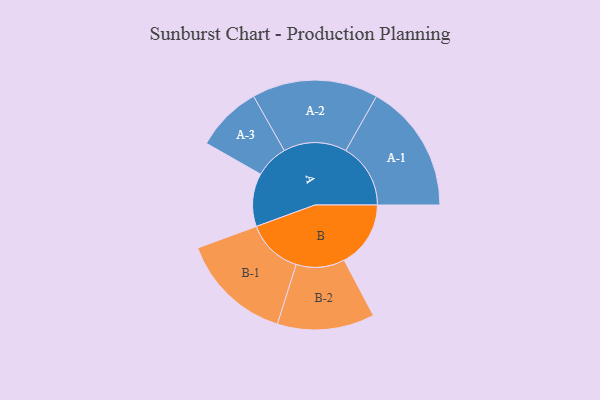
{"axis": {"x": "Segment", "y": "Value"}, "legend": ["", "A", "B"], "data": [{"x": "A", "y": 220, "type": ""}, {"x": "B", "y": 275, "type": ""}, {"x": "A-1", "y": 268, "type": "A"}, {"x": "A-2", "y": 261, "type": "A"}, {"x": "A-3", "y": 137, "type": "A"}, {"x": "B-1", "y": 232, "type": "B"}, {"x": "B-2", "y": 201, "type": "B"}]}